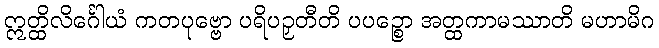
ဣတ္ထိလိင်္ဂေါယံ ကတပုဗ္ဗော ပရိပဉှတီတိ ပပဉ္စော အတ္ထကာမဿာတိ မဟာမိဂ